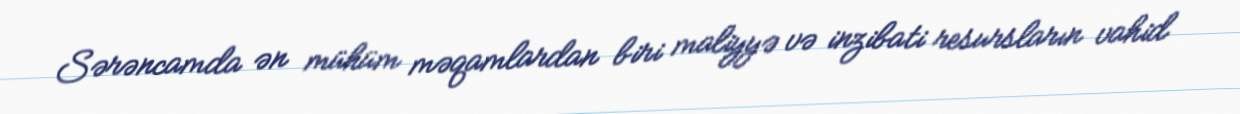
Sərəncamda ən mühüm məqamlardan biri maliyyə və inzibati resursların vahid